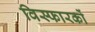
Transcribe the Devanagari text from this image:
विस्फारकों